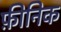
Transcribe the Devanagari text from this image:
फ़ीनिक